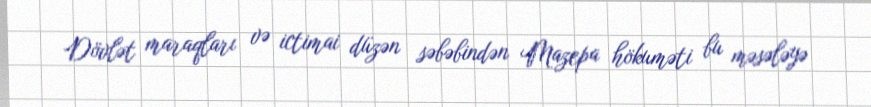
Dövlət maraqları və ictimai düzən səbəbindən Mazepa hökuməti bu məsələyə